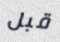
قبل